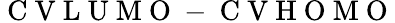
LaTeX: \mathrm{~C~V~L~U~M~O~}-\mathrm{~C~V~H~O~M~O~}